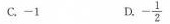
C.-1 D. -\frac{1}{2}